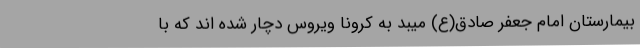
بیمارستان امام جعفر صادق(ع) میبد به کرونا ویروس دچار شده اند که با